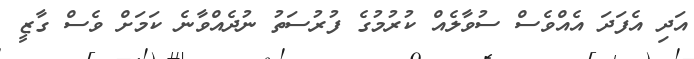
އަދި އެފަދަ އެއްވެސް ސުވާލެއް ކުރުމުގެ ފުރުސަތު ނުދެއްވާނެ ކަމަށް ވެސް ގާޒީ